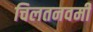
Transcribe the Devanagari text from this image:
चिलतनवमी